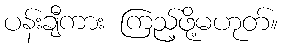
ပန်းချီကား ကြည့်ဖို့မဟုတ်။